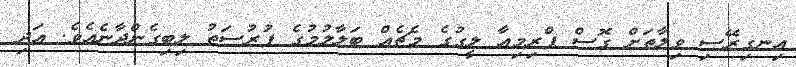
އިނގިރޭސި ވިލާތަށް ގޮސް ޕްރިމިއާ ލީގުގެ މެޗެއް ބަލާލުމުގެ ފުރުސަތު ލިބިގެންދާނެއެވެ. އަދި